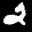
Label: 2